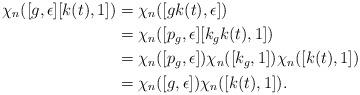
LaTeX: \begin{align*}\chi_{n}([g, \epsilon] [k(t),1])&=\chi_{n}([gk(t), \epsilon])\\&=\chi_{n}([p_g, \epsilon][k_gk(t), 1])\\&=\chi_{n}([p_g, \epsilon])\chi_{n}([k_g, 1])\chi_{n}([k(t), 1])\\&=\chi_{n}([g, \epsilon]) \chi_{n}([k(t), 1]). \end{align*}